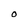
Character: O